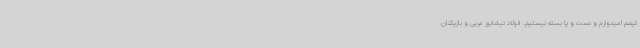
تیمم امیدوارم و دست و پا بسته‌ نیستیم. فولاد نیشابور مربی و بازیکنان